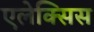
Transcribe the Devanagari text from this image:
एलेक्‍सिस